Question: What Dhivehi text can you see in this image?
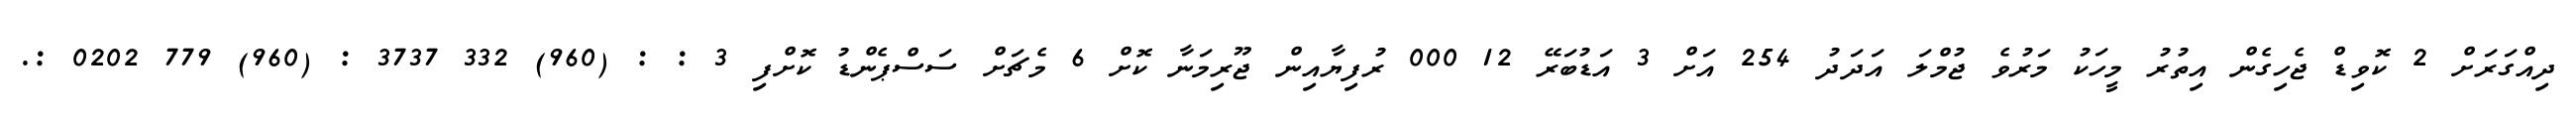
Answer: ދިއްގަރަށް 2 ކޮވިޑް ޖެހިގެން އިތުރު މީހަކު މަރުވެ ޖުމްލަ އަދަދު 254 އަށް 3 އަޑުބަރޭ 12 000 ރުފިޔާއިން ޖޫރިމަނާ ކޮށް 6 މެޗަށް ސަސްޕެންޑު ކޮށްފި 3 : : (960) 332 3737 : (960) 779 0202 :.